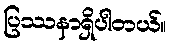
ပြဿနာရှိပါတယ်။